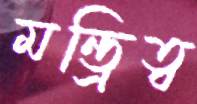
মন্ত্রিত্ব